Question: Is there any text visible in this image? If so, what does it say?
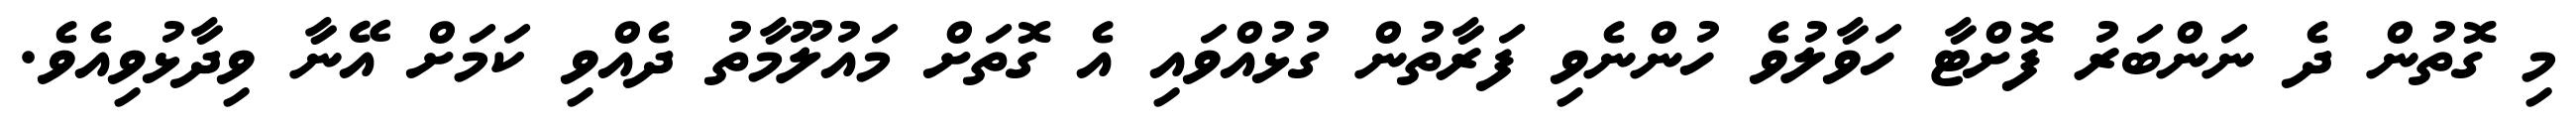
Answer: މި ގޮތުން ދެ ނަންބަރު ފޮށްޓާ ހަވާލުވެ ހުންނެވި ފަރާތުން ގުޅުއްވައި އެ ގޮތަށް މައުލޫމާތު ދެއްވި ކަމަށް އޭނާ ވިދާޅުވިއެވެ.